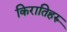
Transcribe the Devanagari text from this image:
किरातिहरु